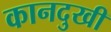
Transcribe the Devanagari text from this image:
कानदुखी